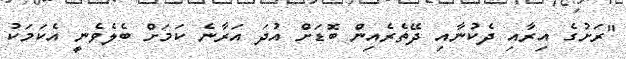
"ރަށުގެ އިރާއި ދެކުނާއި ދޭތެރެއިން ބޮޑަށް އުދަ އަރާނެ ކަމަށް ބެލެވެނީ އެކަމަކު